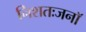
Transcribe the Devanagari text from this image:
निशतःजनॉ